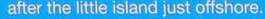
after the little island just offshore.